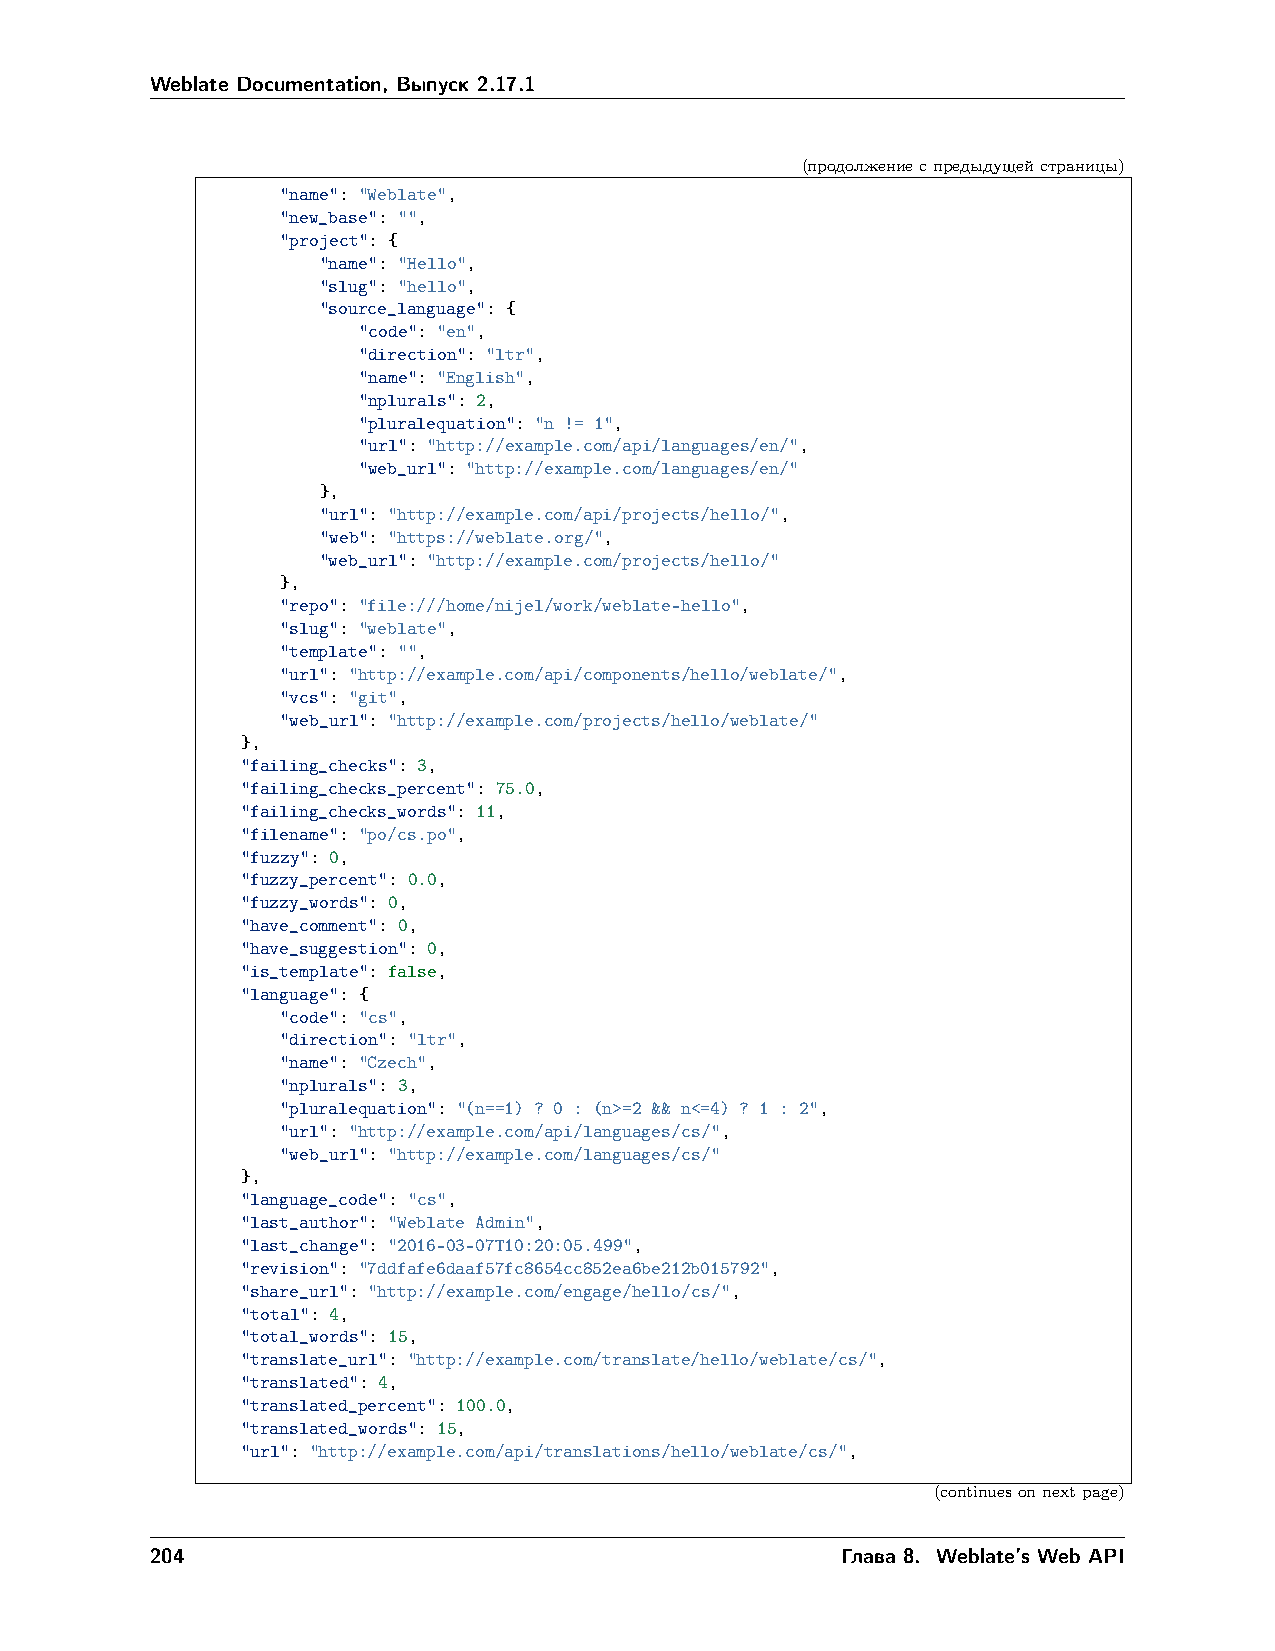
Weblate Documentation, Выпуск 2.17.1
 (продолжениеспредыдущейстраницы)
 "name": "Weblate",
 "new_base": "",
 "project": {
 "name": "Hello",
 "slug": "hello",
 "source_language": {
 "code": "en",
 "direction": "ltr",
 "name": "English",
 "nplurals": 2,
 "pluralequation": "n != 1",
 "url": "http://example.com/api/languages/en/",
 "web_url": "http://example.com/languages/en/"
 },
 "url": "http://example.com/api/projects/hello/",
 "web": "https://weblate.org/",
 "web_url": "http://example.com/projects/hello/"
 },
 "repo": "file:///home/nijel/work/weblate-hello",
 "slug": "weblate",
 "template": "",
 "url": "http://example.com/api/components/hello/weblate/",
 "vcs": "git",
 "web_url": "http://example.com/projects/hello/weblate/"
 },
 "failing_checks": 3,
 "failing_checks_percent": 75.0,
 "failing_checks_words": 11,
 "filename": "po/cs.po",
 "fuzzy": 0,
 "fuzzy_percent": 0.0,
 "fuzzy_words": 0,
 "have_comment": 0,
 "have_suggestion": 0,
 "is_template": false,
 "language": {
 "code": "cs",
 "direction": "ltr",
 "name": "Czech",
 "nplurals": 3,
 "pluralequation": "(n==1) ? 0 : (n>=2 && n<=4) ? 1 : 2",
 "url": "http://example.com/api/languages/cs/",
 "web_url": "http://example.com/languages/cs/"
 },
 "language_code": "cs",
 "last_author": "Weblate Admin",
 "last_change": "2016-03-07T10:20:05.499",
 "revision": "7ddfafe6daaf57fc8654cc852ea6be212b015792",
 "share_url": "http://example.com/engage/hello/cs/",
 "total": 4,
 "total_words": 15,
 "translate_url": "http://example.com/translate/hello/weblate/cs/",
 "translated": 4,
 "translated_percent": 100.0,
 "translated_words": 15,
 "url": "http://example.com/api/translations/hello/weblate/cs/",
 (continuesonnextpage)
 204                                           Глава 8. Weblate’s Web API